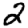
Digit: 2